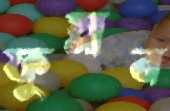
ফুস্‌লব